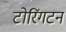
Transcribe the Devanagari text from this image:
टोरिंगटन